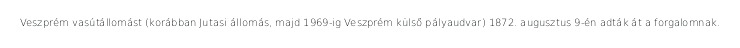
Veszprém vasútállomást (korábban Jutasi állomás, majd 1969-ig Veszprém külső pályaudvar) 1872. augusztus 9-én adták át a forgalomnak.